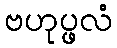
ဗဟုပ္ဖလံ